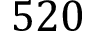
5 2 0